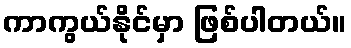
ကာကွယ်နိုင်မှာ ဖြစ်ပါတယ်။